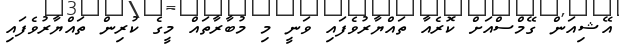
އޭޝިއަން ގޭމްސްއަށް ކޮރެއާ ތައްޔާރުވެފައި ވަނީ މި މުބާރާތައް މީގެ ކުރިން ތައްޔާރުވެފައި